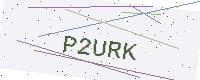
Text: P2URK